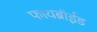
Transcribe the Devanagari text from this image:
फायब्रॉईड